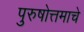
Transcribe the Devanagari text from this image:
पुरुषोत्तमाचे